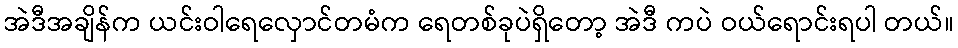
အဲဒီအချိန်က ယင်းဝါရေလှောင်တမံက ရေတစ်ခုပဲရှိတော့ အဲဒီ ကပဲ ဝယ်ရောင်းရပါ တယ်။